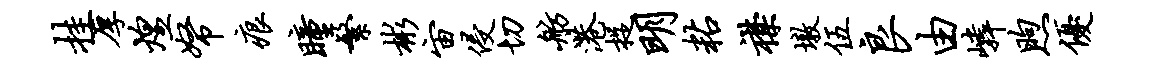
挂厚煌帑痕瞳繁彬宙侵切舫港捉明粘襟墩伍良由嶙煦优